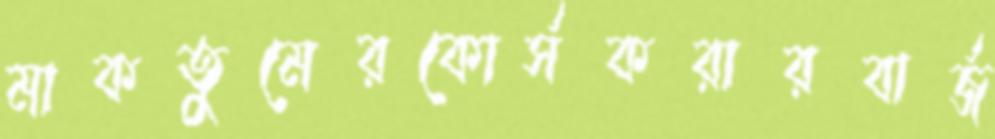
মাকতুমেরকোর্সকরারবার্জ